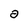
Character: 0